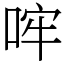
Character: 哰